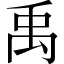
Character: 禹